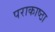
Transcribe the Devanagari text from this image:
पराकाष्‍ठा